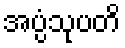
အပ္ပံသုပတိ